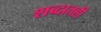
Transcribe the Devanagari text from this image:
शब्दातही